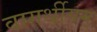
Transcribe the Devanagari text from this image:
वागर्थीयम्